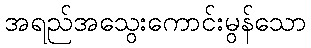
အရည်အသွေးကောင်းမွန်သော